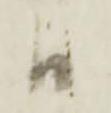
日